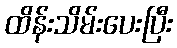
ထိန်းသိမ်းပေးပြီး